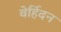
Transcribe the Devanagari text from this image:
वेर्हिदन